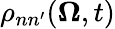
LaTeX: \rho_{nn^{\prime}}(\mathbf{\Omega},t)